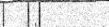
١١٣